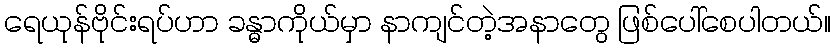
ရေယုန်ဗိုင်းရပ်ဟာ ခန္ဓာကိုယ်မှာ နာကျင်တဲ့အနာတွေ ဖြစ်ပေါ်စေပါတယ်။